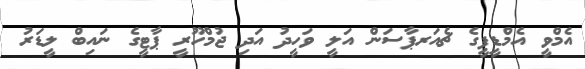
އެމްވީ އެމްޑީޕީގެ ޗެއަރޕާސަން އަލީ ވަހީދު އަދި ޖުމްހޫރީ ޕާޓީގެ ނައިބް ލީޑަރު